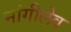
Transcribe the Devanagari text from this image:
मांगीलेव